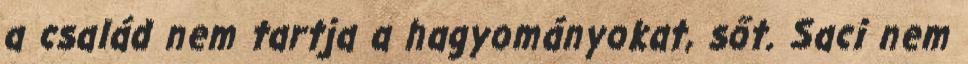
a család nem tartja a hagyományokat, sőt. Saci nem